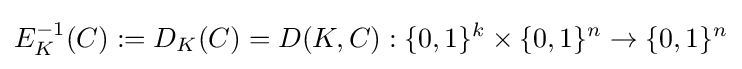
E_{K}^{-1}(C):=D_{K}(C)=D(K,C):\{0,1\}^{k}\times \{0,1\}^{n}\rightarrow \{0,1\}^{n}